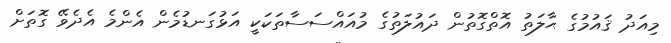
މިއަދު ޤައުމުގެ ޙާލަތު އޮތްގޮތުން ދައުލަތުގެ މުއައްސަސާތަކަކީ އަޅުގަނޑުމެން އެންމެ އެދެވޭ ގޮތަށް